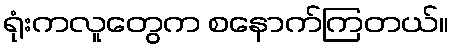
ရုံးကလူတွေက စနောက်ကြတယ်။